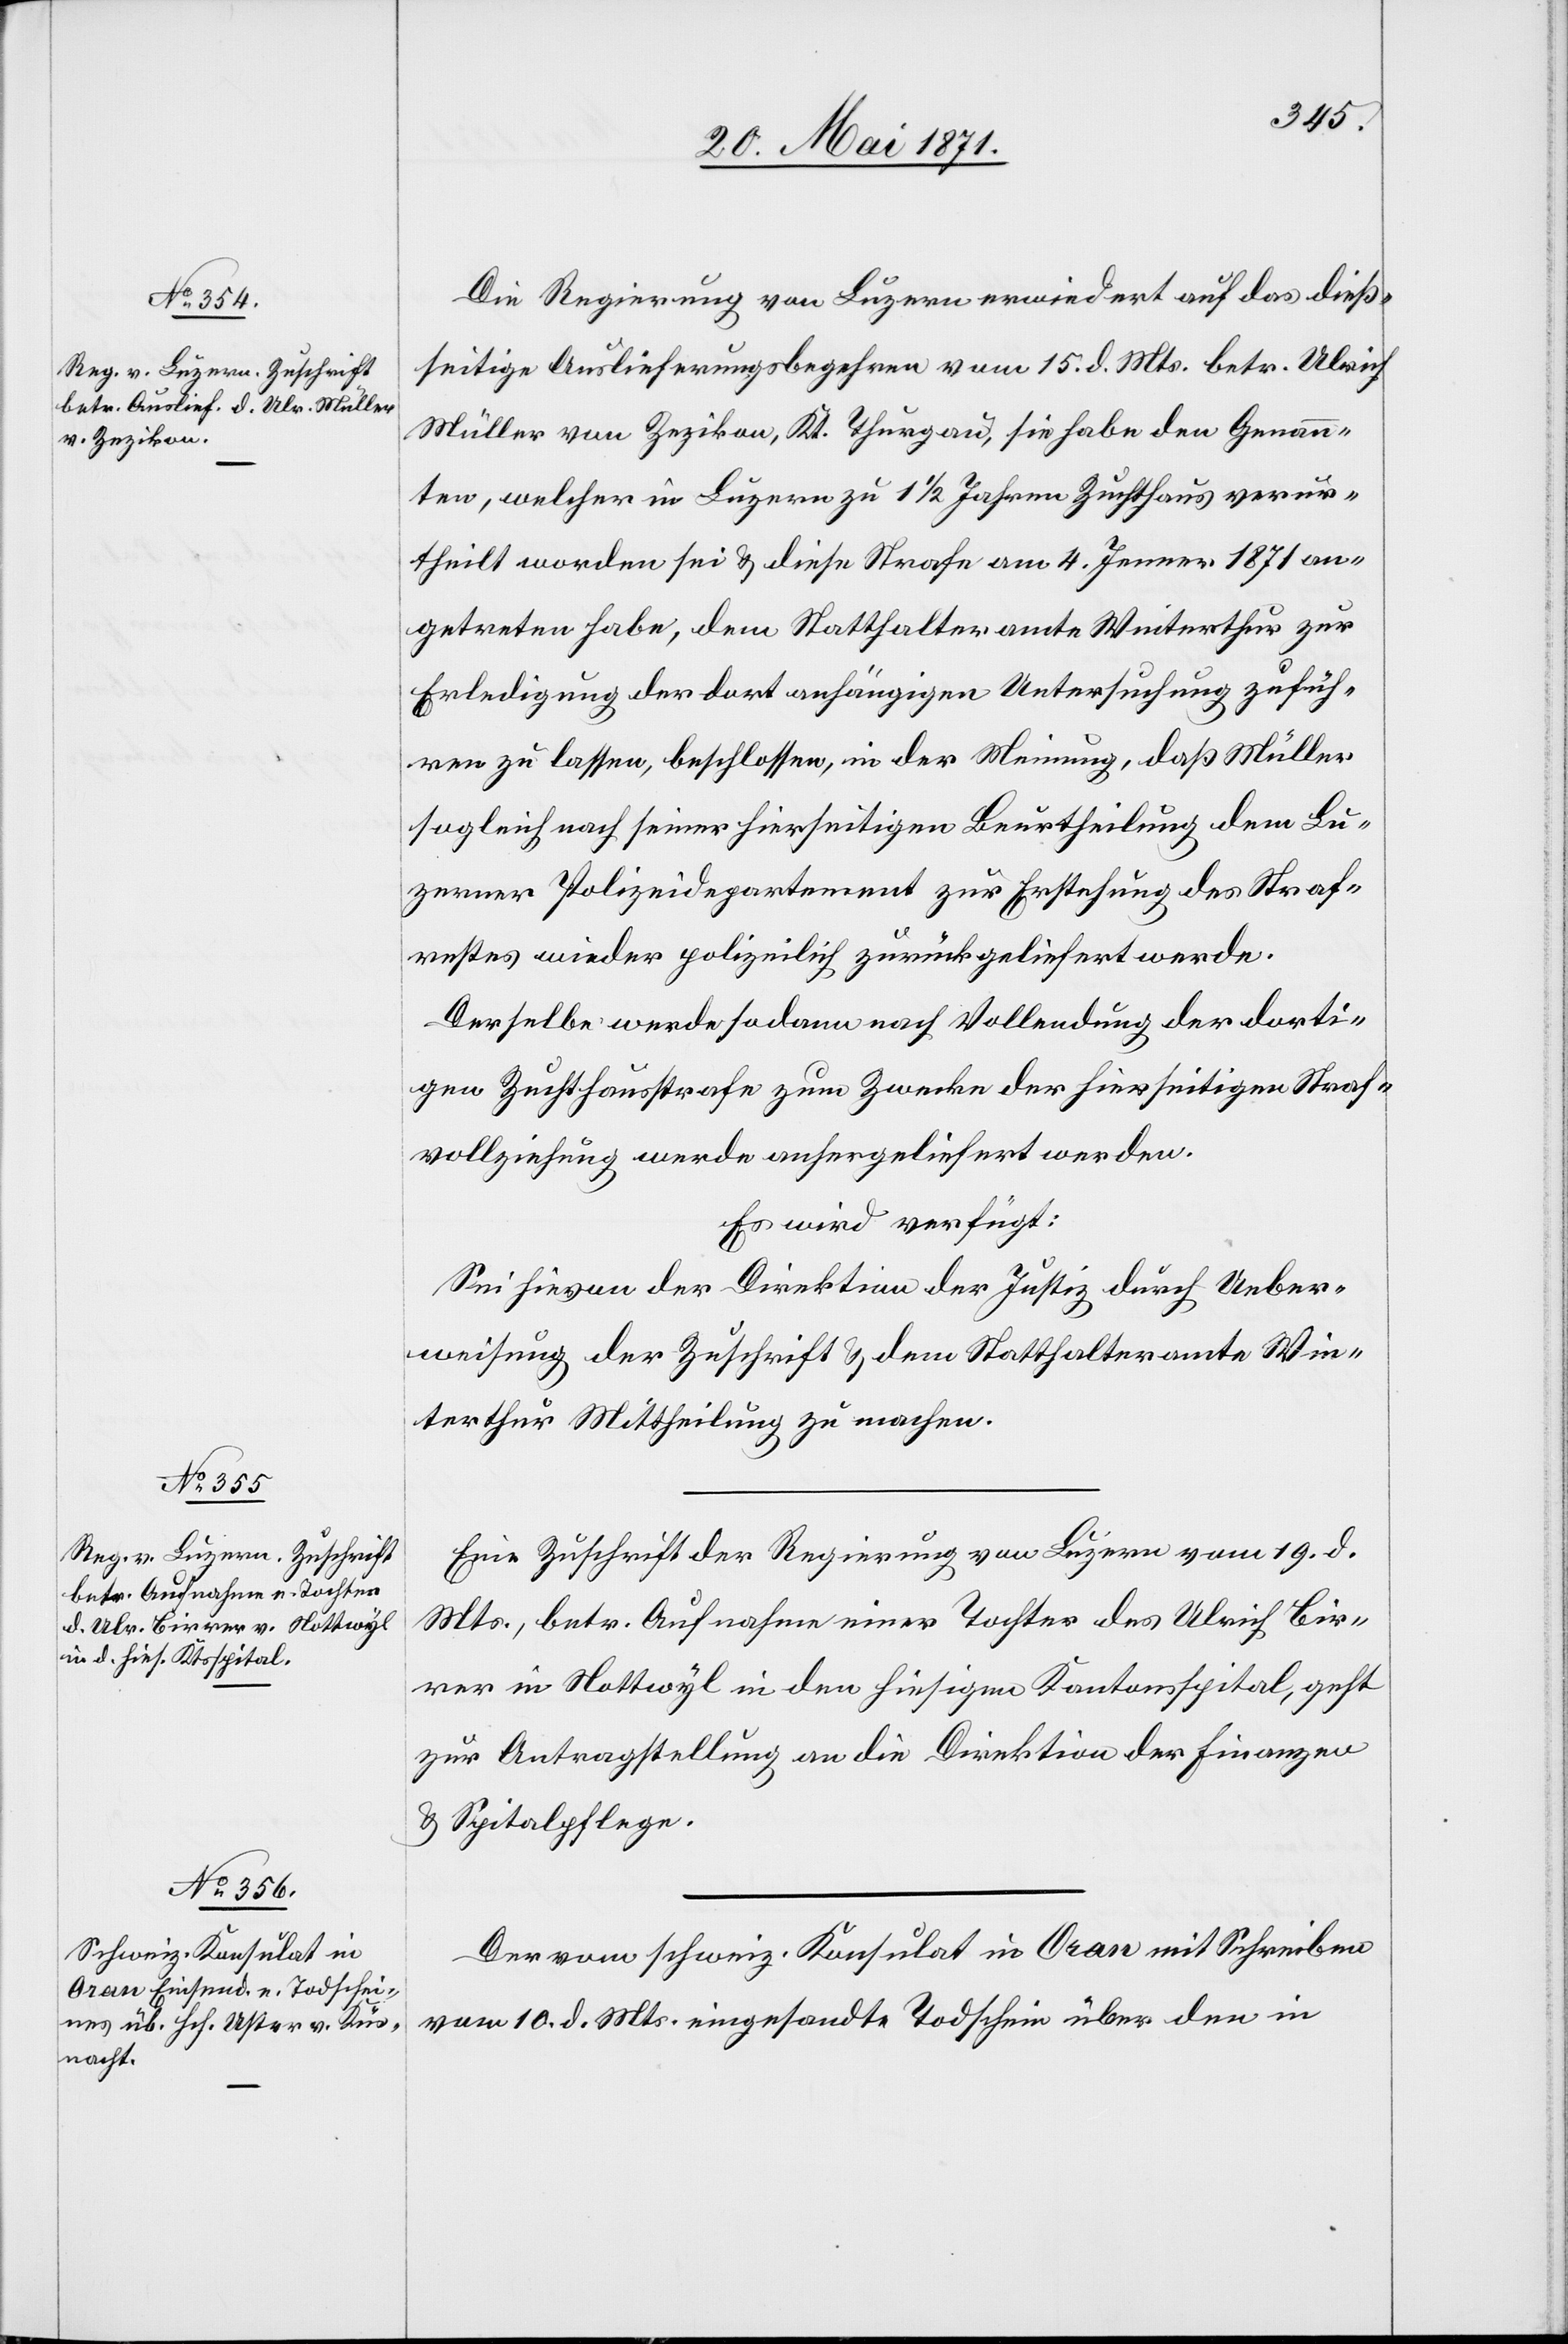
22. Mai 1871.]
Die Regierung von Luzern erwiedert auf das dieß¬
seitige Auslieferungsbegehren vom 15. d. Mts. betr. Ulrich
Müller von Zezikon, Kt. Thurgau, sie habe den Genann¬
ten, welcher in Luzern zu 1 1/2 Jahren Zuchthaus verur¬
theilt worden sei u. diese Strafe am 4. Jenner 1871 an¬
getreten habe, dem Statthalteramte Winterthur zur
Erledigung der dort anhängigen Untersuchung zufüh¬
ren zu lassen, beschlossen, in der Meinung, daß Müller
sogleich nach seiner hierseitigen Beurtheilung dem Lu¬
zerner Polizeidepartement zur Erstehung des Straf¬
rechtes wieder polizeilich zurückgeliefert werde.
Derselbe werde sodann nach Vollendung der dorti¬
gen Zuchthausstrafe zum Zwecke der hierseitigen Straf¬
vollziehung werde [sic!] erforderlich werden.
Es wird verfügt:
Sei hievon der Direktion der Justiz durch Ueber¬
weisung der Zuschrift u. dem Statthalteramte Win¬
terthur Mittheilung zu machen.
Eine Zuschrift der Regierung von Luzern vom 19. d.
Mts., betr. Aufnahme einer Tochter des Ulrich Bir¬
rer in Nottwyl in den hiesigen Kantonsspital, geht
zur Antragstellung an die Direktion der Finanzen
u. Spitalpflege.
Der vom schweiz. Konsulat in Oran mit Schreiben
vom 10. d. Mts. eingesandte Todschein über den in